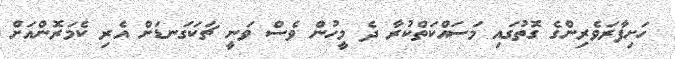
ހަށިފާރަވެރިންގެ ގޮތުގައި މަސައްކަތްކުރާ ދެ މީހުން ވެސް ވަނީ ޗަކަގަނޑަށް އެރި ކެމަރޮންއަށް